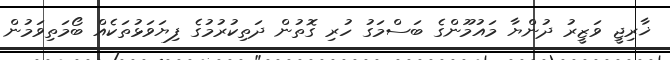
ޚާރިޖީ ވަޒީރު ދުންޔާ މައުމޫންގެ ބަސްމަގު ހުރި ގޮތުން ދަތިކުރުމުގެ ފިޔަވަޅުތަކެއް ބޯމަތިވަމުން